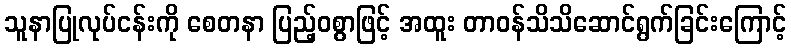
သူနာပြုလုပ်ငန်းကို စေတနာ ပြည့်ဝစွာဖြင့် အထူး တာဝန်သိသိဆောင်ရွက်ခြင်းကြောင့်